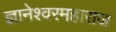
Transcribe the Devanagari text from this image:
ज्ञानेश्वरमहाराज